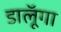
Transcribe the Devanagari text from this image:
डालूॅगा